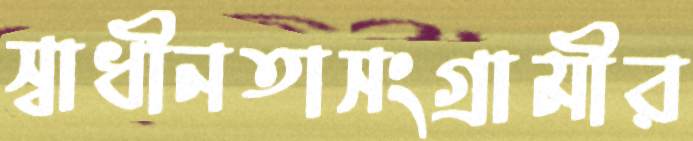
স্বাধীনতাসংগ্রামীর